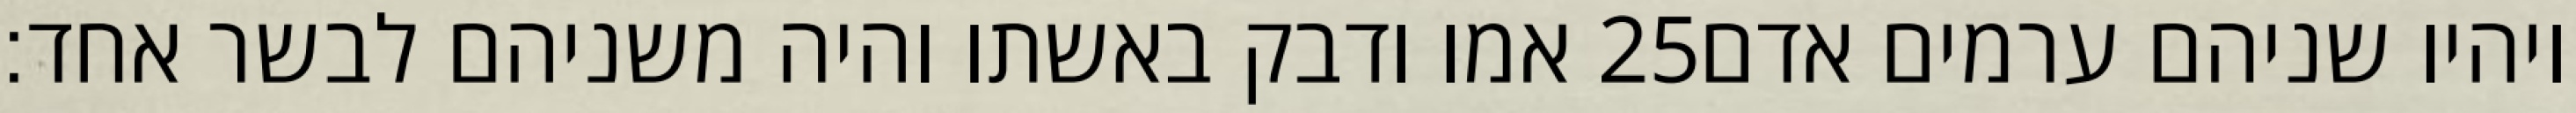
אמו ודבק באשתו והיה משניהם לבשר אחד׃ ‎25‏ ויהיו שניהם ערמים אדם